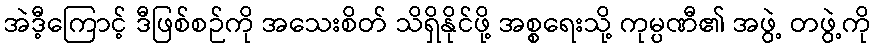
အဲဒီ့ကြောင့် ဒီဖြစ်စဉ်ကို အသေးစိတ် သိရှိနိုင်ဖို့ အစ္စရေးသို့ ကုမ္ပဏီ၏ အဖွဲ့ တဖွဲ့ကို